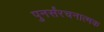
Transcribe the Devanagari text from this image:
पुनर्संरचनात्मक